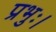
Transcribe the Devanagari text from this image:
प्रभुः।